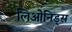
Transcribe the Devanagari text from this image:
लिओनिड्‌स